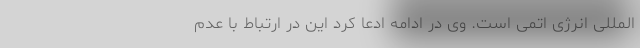
المللی انرژی اتمی است. وی در ادامه ادعا کرد این در ارتباط با عدم